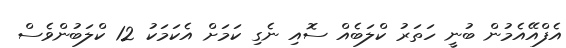
އެފްއޭއެމުން ބުނީ ހަތަރު ކްލަބެއް ސޮއި ނެގި ކަމަށް އެކަމަކު 12 ކްލަބުންވެސް